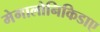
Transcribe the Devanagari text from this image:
मेगालोनिकिडाए